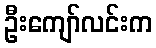
ဦးကျော်လင်းက